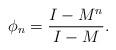
LaTeX: \begin{align*}\phi_n = \frac{I - M^n}{I - M}.\end{align*}